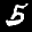
Label: 5